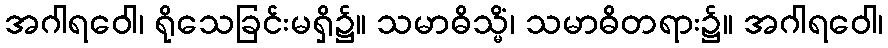
အဂါရဝေါ၊ ရိုသေခြင်းမရှိ၌။ သမာဓိသ္မိံ၊ သမာဓိတရား၌။ အဂါရဝေါ၊